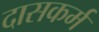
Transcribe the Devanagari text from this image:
दासकर्म